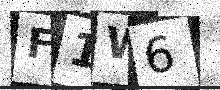
Text: F1W6